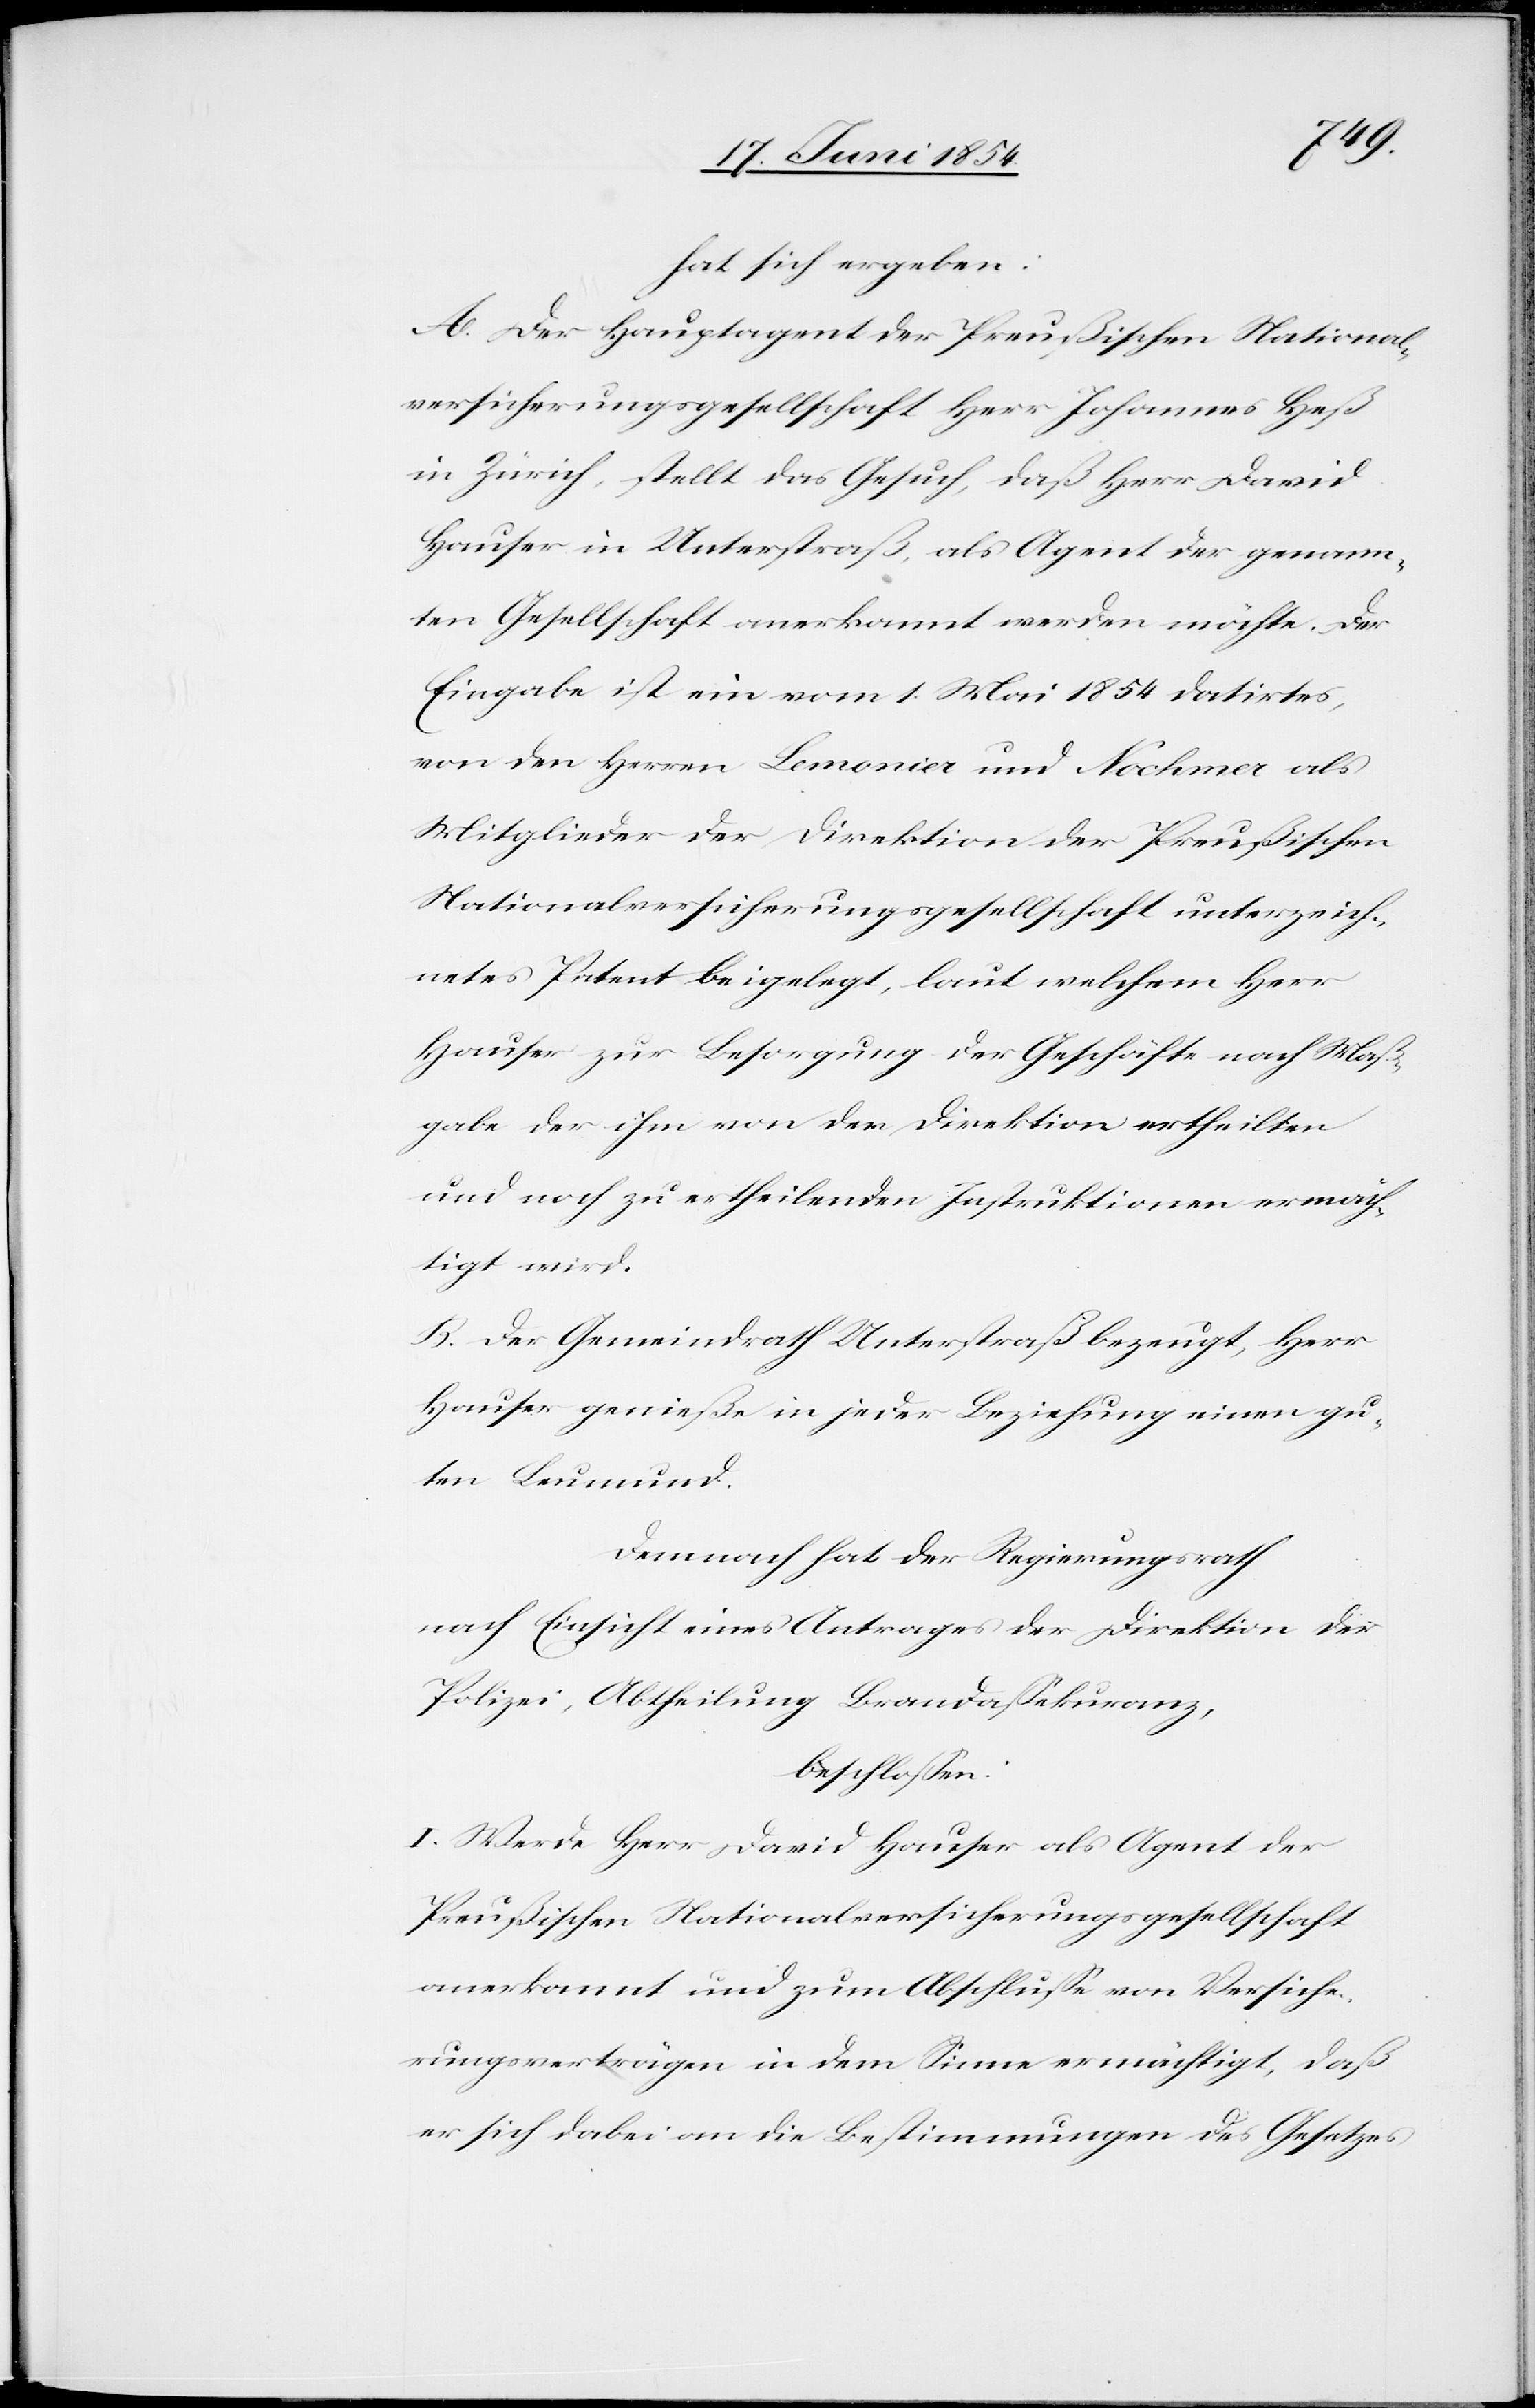
hat sich ergeben:
A. Der Hauptagent der Preußischen National¬
versicherungsgesellschaft Herr Johannes Heß
in Zürich, stellt das Gesuch, daß Herr David
Hauser in Unterstraß als Agent der genann¬
ten Gesellschaft anerkannt werden möchte. Der
Eingabe ist ein vom 1. Mai 1854 datirtes,
von den Herren Lemonier und Nochmer als
Mitglieder der Direktion der Preußischen
Nationalversicherungsgesellschaft unterzeich¬
netes Petent beigelegt, laut welchem Herr
Hauser zur Besorgung der Geschäfte nach Maß¬
gabe der ihm von der Direktion ertheilten
und noch zu ertheilenden Instruktionen ermäch¬
tigt wird.
B. Der Gemeindrath Unterstraß bezeugt, Herr
Hauser genieße in jeder Beziehung einen gu¬
ten Leumund.
Demnach hat der Regierungsrath
nach Einsicht eines Antrages der Direktion der
Polizei, Abtheilung Brandaßekuranz,
beschloßen:
I. Werde Herr David Hauser als Agent der
Preußischen Nationalversicherungsgesellschaft
anerkannt und zum Abschluße von Versiche¬
rungsverträgen in dem Sinne ermächtigt, daß
er sich dabei an die Bestimmungen des Gesetzes